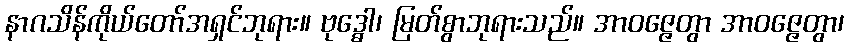
နာဂသိန်ကိုယ်တော်အရှင်ဘုရား။ ဗုဒ္ဓေါ၊ မြတ်စွာဘုရားသည်။ အာဝဇ္ဇေတွာ အာဝဇ္ဇေတွာ၊